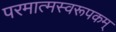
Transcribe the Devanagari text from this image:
परमात्मस्वरूपकम्